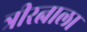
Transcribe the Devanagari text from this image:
त्रीरत्नाला